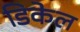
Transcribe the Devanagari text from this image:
डिकेल